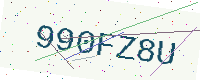
Text: 990FZ8U